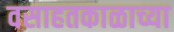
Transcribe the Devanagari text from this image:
वसाहतकाळाच्या